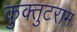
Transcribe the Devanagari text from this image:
कुक्तुटराम